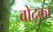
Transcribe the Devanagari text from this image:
वोद्का